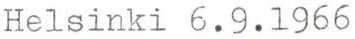
Helsinki 6.9.1966